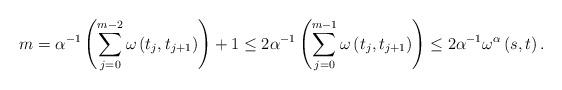
LaTeX: \begin{align*}m=\alpha ^{-1}\left( \sum_{j=0}^{m-2}\omega \left( t_{j},t_{j+1}\right)\right) +1\leq 2\alpha ^{-1}\left( \sum_{j=0}^{m-1}\omega \left(t_{j},t_{j+1}\right) \right) \leq 2\alpha ^{-1}\omega ^{\alpha }\left(s,t\right) . \end{align*}